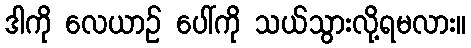
ဒါကို လေယာဉ် ပေါ်ကို သယ်သွားလို့ရမလား။